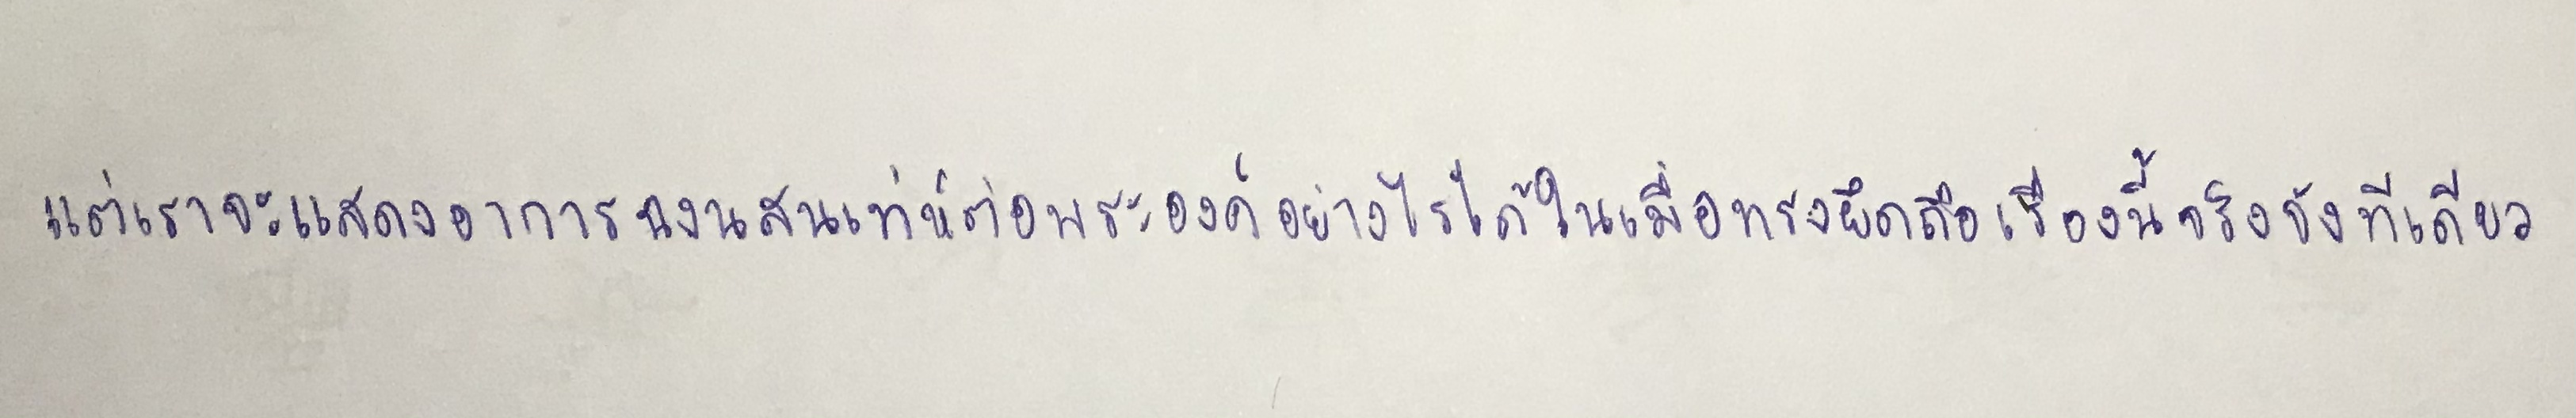
แต่เราจะแสดงอาการฉงนสนเท่ห์ต่อพระองค์อย่างไรได้ในเมื่อทรงยึดถือเรื่องนี้จริงจังทีเดียว